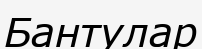
Бантулар